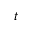
t